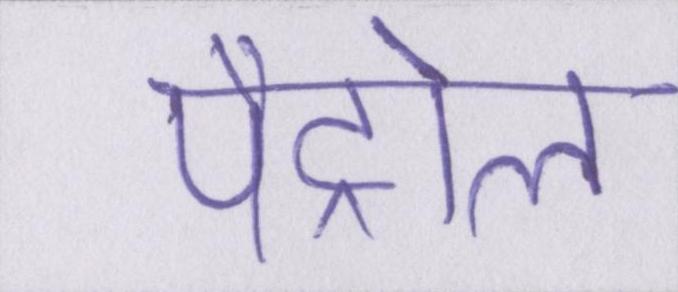
पैट्रोल